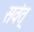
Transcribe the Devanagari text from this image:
सवंत्‌